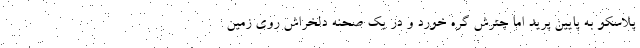
پلاسکو به پایین پرید اما چترش گره خورد و در یک صحنه دلخراش روی زمین